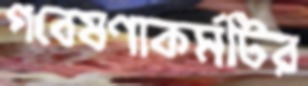
গবেষণাকর্মটির